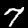
Label: 7